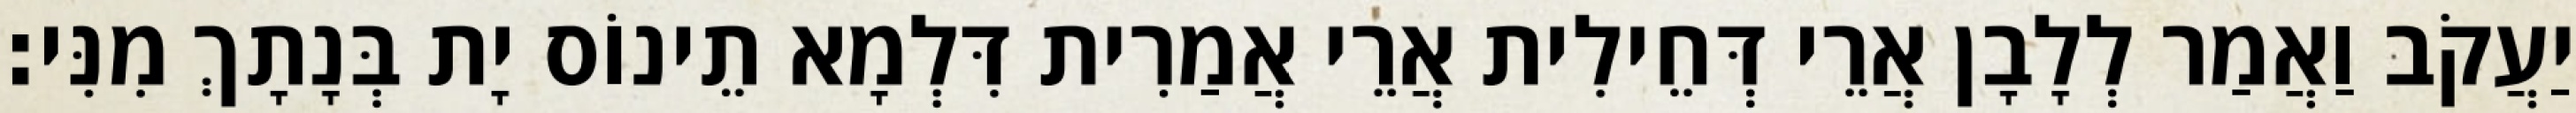
יַעֲקֹב וַאֲמַר לְלָבָן אֲרֵי דְּחֵילִית אֲרֵי אֲמַרִית דִּלְמָא תֵינוֹס יָת בְּנָתָךְ מִנִּי׃